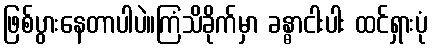
ဖြစ်ပွားနေတာပါပဲ။ကြံသိခိုက်မှာ ခန္ဓာငါးပါး ထင်ရှားပုံ